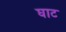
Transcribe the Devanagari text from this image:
घाट